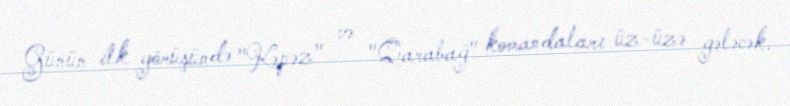
Günün ilk görüşündə "Kəpəz" və "Qarabağ" komandaları üz-üzə gələcək.